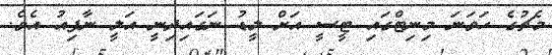
މެޗުގެ ހަވަނަ މިނިޓްގައި ޓީސީ އަށް ލީޑު ނަގައިދިނީ އަލީ ނާފިއު އެވެ.